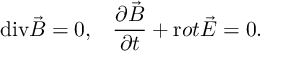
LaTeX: \mathrm { d i v } \vec { B } = 0 , \; \; \; \frac { \partial \vec { B } } { \partial t } + { \mathrm r o t } \vec { E } = 0 .